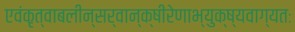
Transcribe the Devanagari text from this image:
एवंकृत्वाबलीन्सर्वान्क्षीरेणाभ्युक्ष्यवाग्यतः